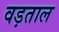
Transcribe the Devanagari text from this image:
वड़ताल